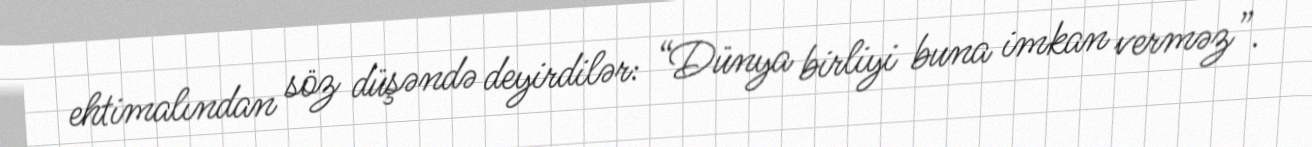
ehtimalından söz düşəndə deyirdilər: “Dünya birliyi buna imkan verməz”.